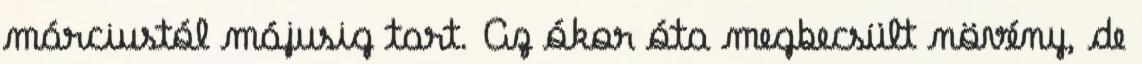
márciustól májusig tart. Az ókor óta megbecsült növény, de